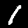
Label: 1